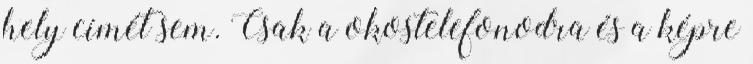
hely címét sem. Csak a okostelefonodra és a képre